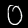
Label: 0